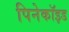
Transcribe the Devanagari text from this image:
पिनेकॉइड